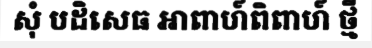
សុំ បដិសេធ អាពាហ៍ពិពាហ៍ ថ្មី